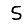
Digit: 5